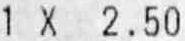
1 X 2.50